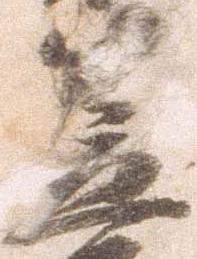
笠